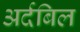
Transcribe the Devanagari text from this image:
अर्दबिल